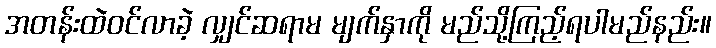
အတန်းထဲဝင်လာခဲ့ လျှင်ဆရာမ မျက်နှာကို မည်သို့ကြည့်ရပါမည်နည်း။